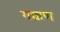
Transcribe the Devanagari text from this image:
गद्याण